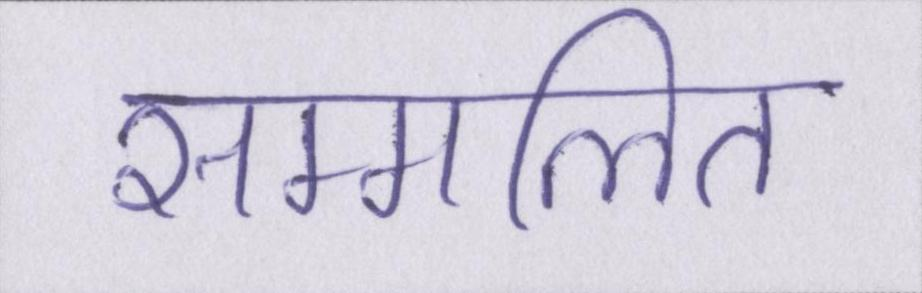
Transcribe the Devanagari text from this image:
सम्मलित